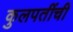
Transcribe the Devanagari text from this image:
कुलपतींची